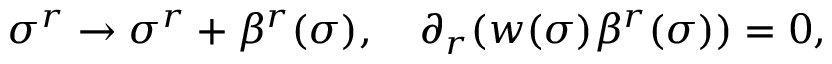
\sigma ^ { r } \rightarrow \sigma ^ { r } + \beta ^ { r } ( \sigma ) , ~ ~ ~ \partial _ { r } ( w ( \sigma ) \beta ^ { r } ( \sigma ) ) = 0 ,